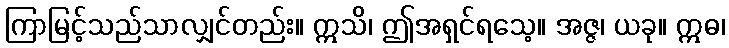
ကြာမြင့်သည်သာလျှင်တည်း။ ဣသိ၊ ဤအရှင်ရသေ့။ အဇ္ဇ၊ ယခု။ ဣဓ၊